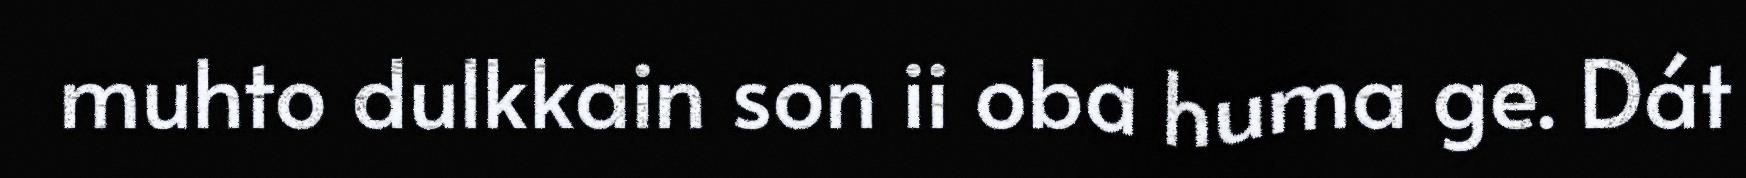
muhto dulkkain son ii oba huma ge. Dát